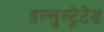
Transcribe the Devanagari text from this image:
इल्लुस्ट्रेटेड